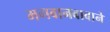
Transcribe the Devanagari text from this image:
भगवानबाबाने